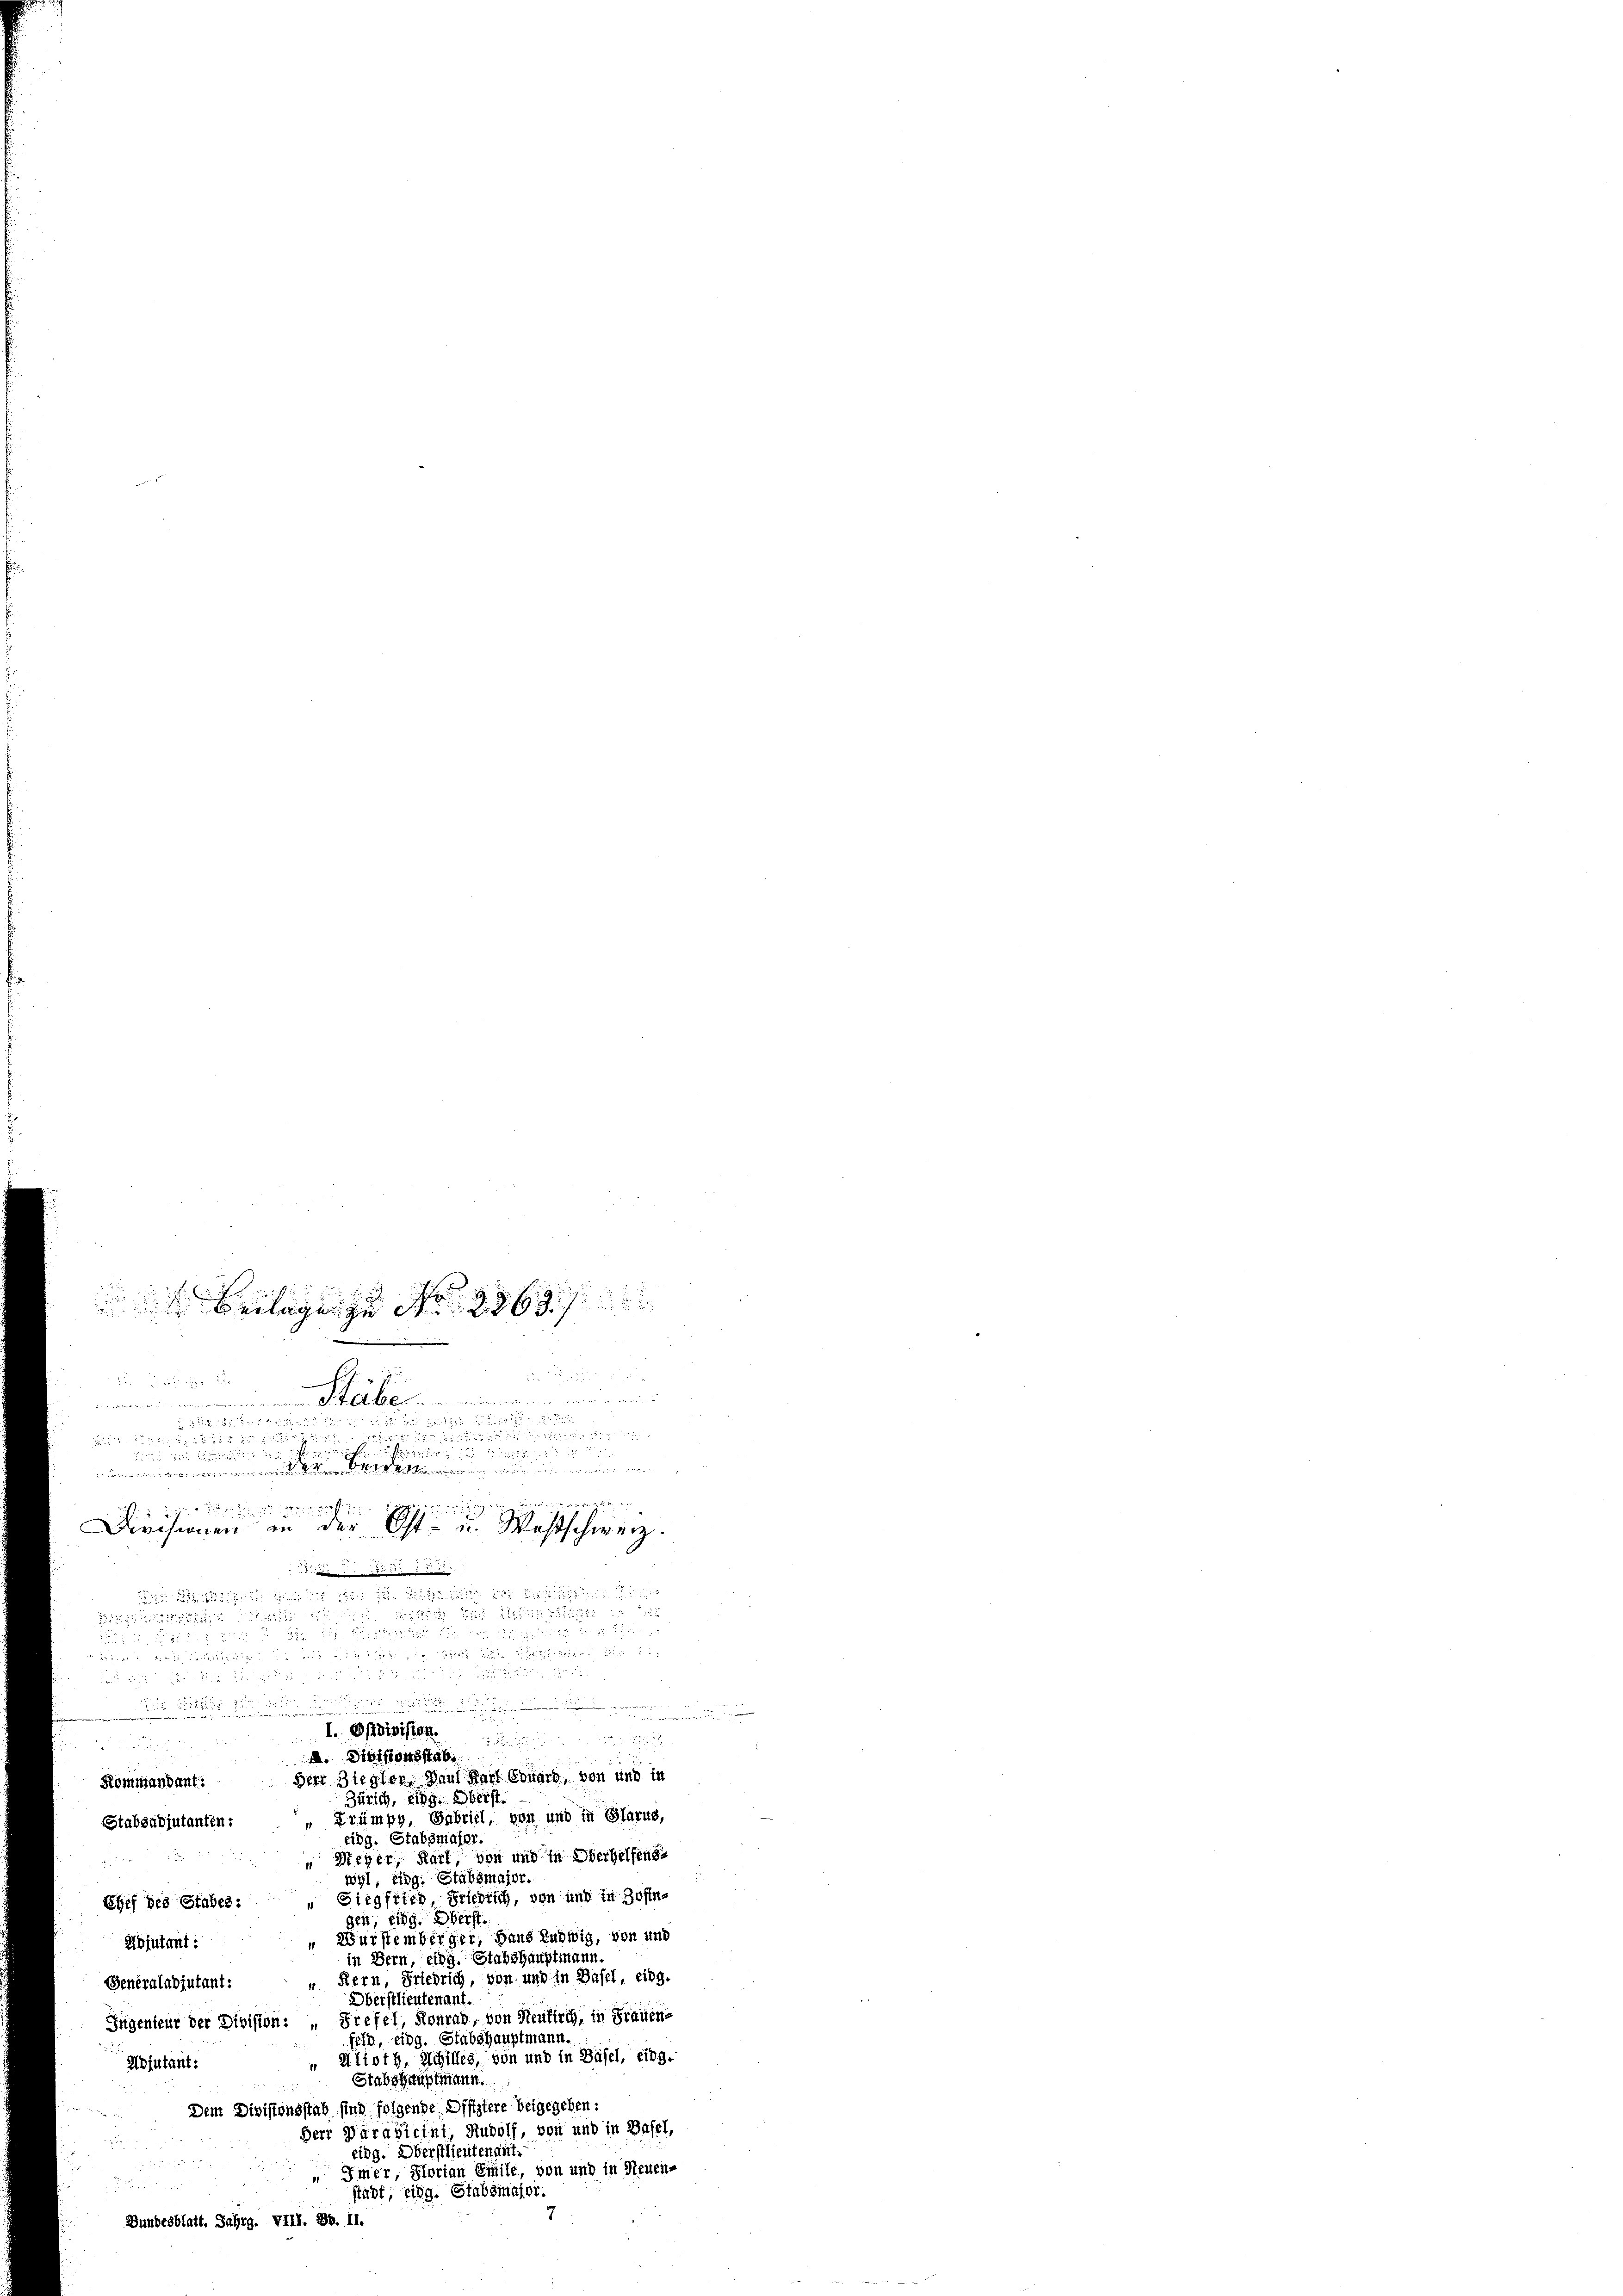
Verlagen zu No 2969. 7

.............................
 x 2 2 x 2
 311 f 15 f 7 x x 2 x
a eine
P 12. Mit
din für und

d
1 in der die
Dirchenen in der Ost- u. Westschweiz
 Jun.

24 x

Kommandant:
Zürich, eidg. beist.
Frümpp, Gabriel, von und in Glarus,
Stabsadjutanten:
eidg. Stabsmajor.
Meyer, Karl, von und in Oberhelfense
wyl, eidg. Stabsmajor.
Siegfried, Friedrich, von und in Zofin¬
Chef des Stabes:
gen, eing. Ders
„Wurstemberger, Haus Ludwig, von und
Adjutant:
in Bern, eidg. Stabshauptmann.
 Kern, Friedrich, von und in Basel, eing.
Generaladjutant:
Oberstlieutenant.
Jugenieur der Division: „Prefel, Konrad, von Neukirch, in Frauen-
feld, eidg. Stabshauptmann.
Alioth, Schilles, von und in Basel, eing.
Adjutant:
Stabshauptmann.
Dem Divisionsstab sind folgende Offiziere beigegeben:
Herr Daravicini, Rudolf, von und in Basel,
eidg. Oberstlieutenant.
Imer, Glorian Emile, von und in Neuen-
.
stadt, eidg. Stabsmajor.
Bundesblatt, Jahrg. VIII. 26. II.

te
   ist d

a u e

.
I. Ordivision.

A. Divisionsstab
Herr Ziegler, Paul Karl Eduard, von und in